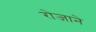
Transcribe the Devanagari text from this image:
रोजाने